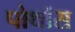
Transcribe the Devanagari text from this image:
पोथॉस